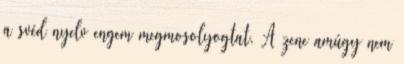
a svéd nyelv engem megmosolyogtat. A zene amúgy nem